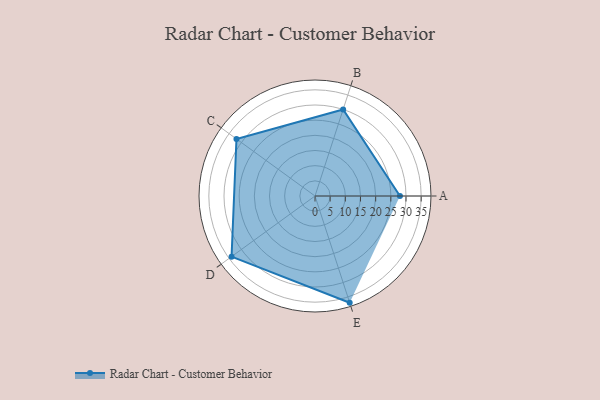
{"axis": {"x": "Skill", "y": "Score"}, "legend": ["Profile"], "data": [{"x": "A", "y": 28.0, "type": "Profile"}, {"x": "B", "y": 30.0, "type": "Profile"}, {"x": "C", "y": 32.0, "type": "Profile"}, {"x": "D", "y": 34.0, "type": "Profile"}, {"x": "E", "y": 37.0, "type": "Profile"}]}